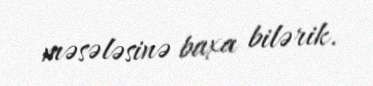
məsələsinə baxa bilərik.